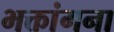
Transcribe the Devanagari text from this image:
भक्तांगना